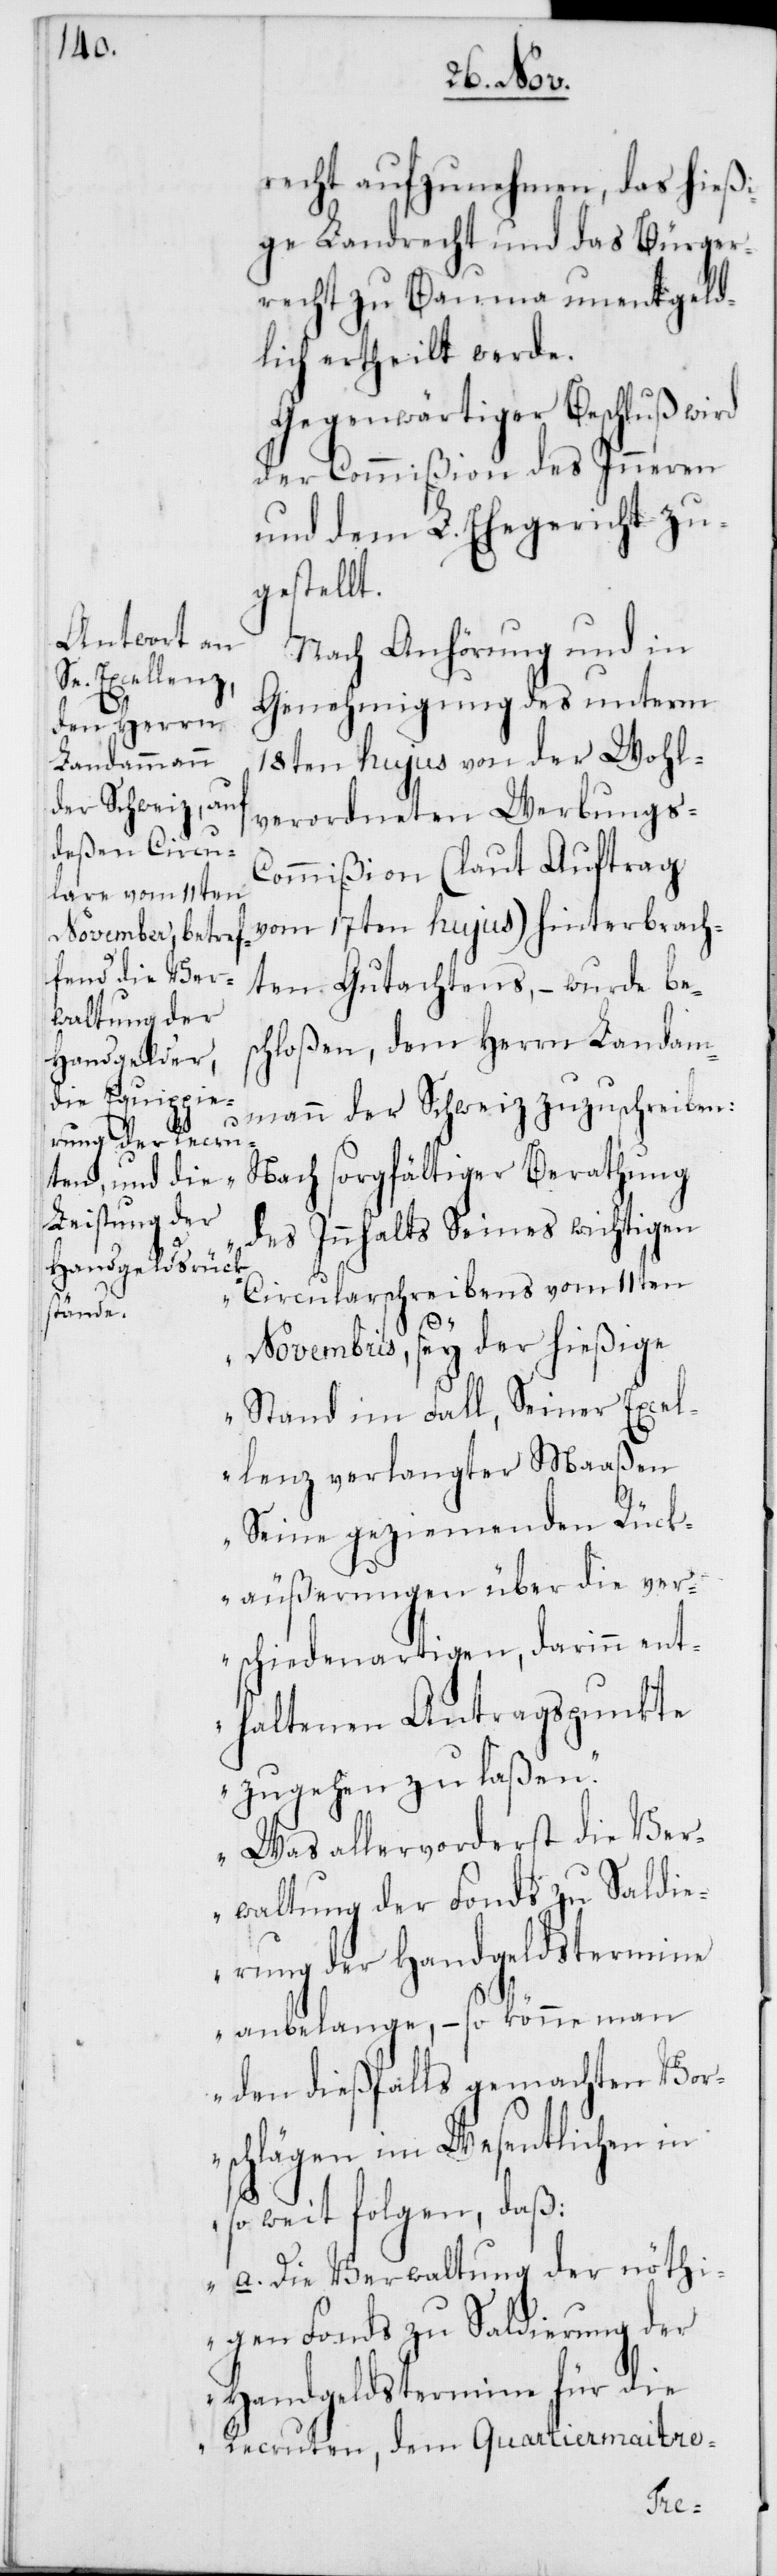
recht aufzunehmen, das hießi¬
ge Landrecht und das Bürger¬
recht zu Bauma unentgeld¬
lich ertheilt werde.
Gegenwärtiger Beschluß wird
der Commißion des Inneren
und dem L. Ehegericht zu¬
gestellt.
Nach Anhörung und in
Genehmigung des unterm
18ten hujus von der Wohl¬
verordneten Werbungs-C¬
ommißion (laut Auftrag
vom 17ten hujus) hinterbrach¬
ten Gutachtens, – wurde bes¬
waltung der
chloßen, dem Herrn Landam¬
mann der Schweiz zuzuschreiben:
„Nach sorgfältiger Berathung
des Innhalts Seines wichtigen
Circularschreibens vom 11ten
Saldi¬
Novembris, sey der hießige
Stand im Fall, Seiner Excel¬
lenz verlangter Maaßen
Seine geziemenden Rück¬
äußerungen über die ver¬
schiedenartigen, darinn ent¬
haltenen Antragspunkte
zugehen zu laßen.“
„Was allervorderst die Ver¬
erung der Handgeldstermine
anbelange, – so könne man
den dießfalls gemachten Vor¬
schlägen im Wesentlichen in
so weit folgen, daß:
„a. Die Verwaltung der nöthi¬
gen Fonds zu Saldierung der
Handgeldstermine für die
Recruten, dem Quartiermaitre-